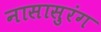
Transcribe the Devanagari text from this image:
नासासुरंग